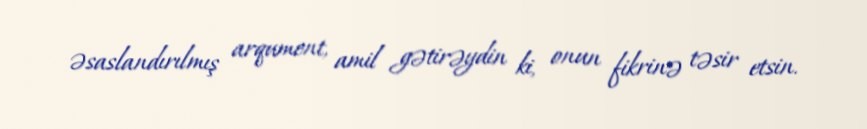
əsaslandırılmış arqument, amil gətirəydin ki, onun fikrinə təsir etsin.